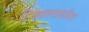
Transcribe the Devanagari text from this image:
टिकवण्याकरिता